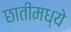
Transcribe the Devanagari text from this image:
छातीमध्ये